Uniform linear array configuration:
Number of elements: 64
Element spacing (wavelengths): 0.75
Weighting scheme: binomial
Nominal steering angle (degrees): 15
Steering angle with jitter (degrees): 14.959
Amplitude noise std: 0.05
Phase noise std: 0.05

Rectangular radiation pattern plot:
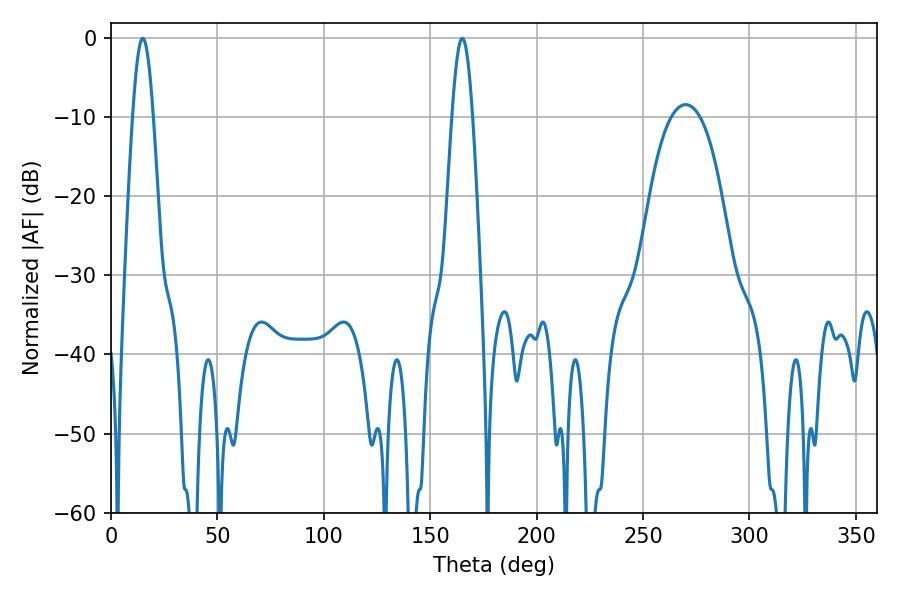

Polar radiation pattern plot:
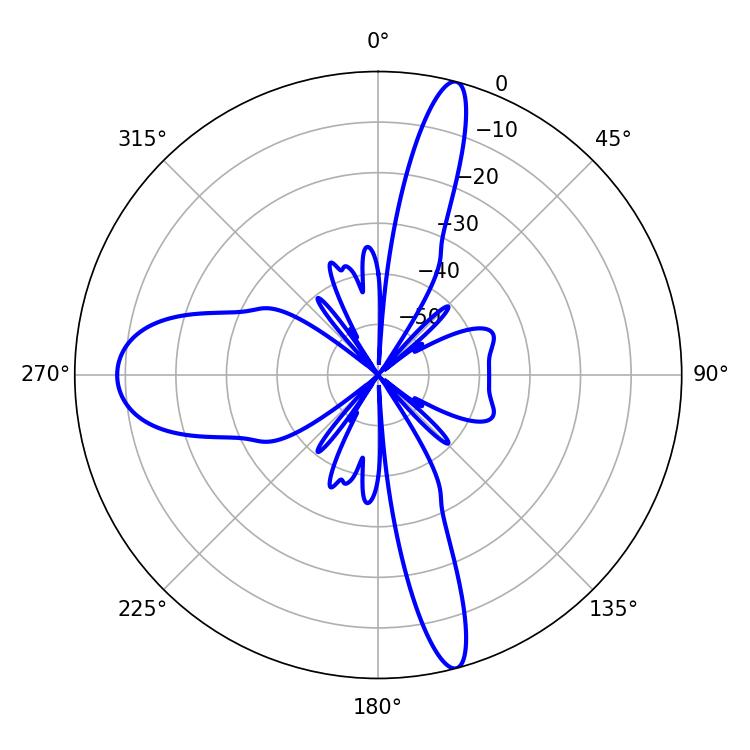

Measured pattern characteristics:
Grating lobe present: TRUE
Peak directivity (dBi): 27.769
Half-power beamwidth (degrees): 5.04
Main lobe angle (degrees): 14.94